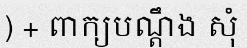
) + ពាក្យបណ្តឹង សុំ